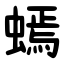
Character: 䗡